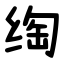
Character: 绹